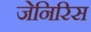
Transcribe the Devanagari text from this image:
जेनिरिस